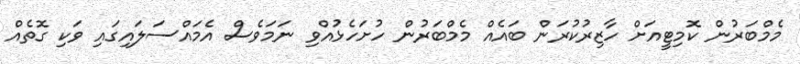
މެމްބަރުން ކޮމިޓީއަށް ހާޒިރުކުރަން ބައެއް މެމްބަރުން ހުށަހެޅުއްވި ނަމަވެސް އެމައްސަލައިގައި ވަކި ގޮތެއް